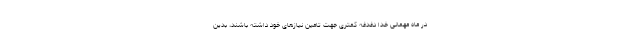
در ماه مهمانی خدا دغدغه کمتری جهت تامین نیازهای خود داشته باشند، بدین